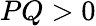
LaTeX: PQ>0